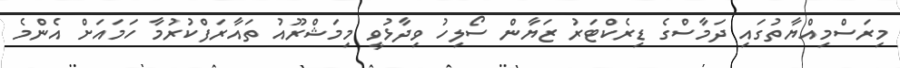
މިރަސްމިއްޔާތުގައި ދަމާސްގެ ޑިރެކްޓަރު ޒަޔާން ސޯލިހު ވިދާޅުވީ މިމަޝްރޫއު ތައާރަފްކުރުމާ ހަަމައަށް އެންމެ